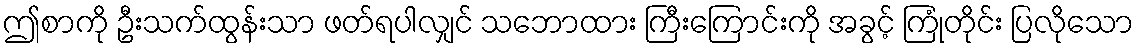
ဤစာကို ဦးသက်ထွန်းသာ ဖတ်ရပါလျှင် သဘောထား ကြီးကြောင်းကို အခွင့် ကြုံတိုင်း ပြလိုသော